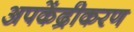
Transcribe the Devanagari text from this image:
अपकेंद्रीकरण